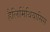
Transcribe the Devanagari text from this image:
हैलिमिंथियासिस